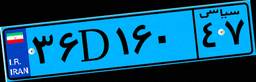
۳۶D۱۶۰۴۷